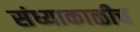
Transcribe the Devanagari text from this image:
संध्याकाळीच